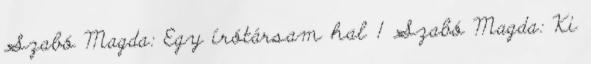
Szabó Magda: Egy írótársam hal 1 Szabó Magda: Ki